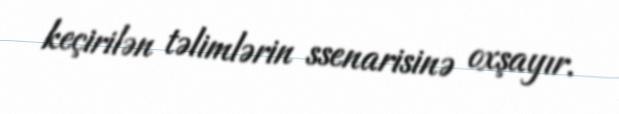
keçirilən təlimlərin ssenarisinə oxşayır.